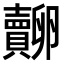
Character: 𧸷